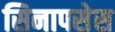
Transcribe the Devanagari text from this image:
सिनापसेस